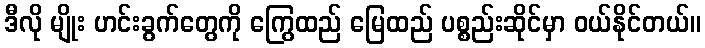
ဒီလို မျိုး ဟင်းခွက်တွေကို ကြွေထည် မြေထည် ပစ္စည်းဆိုင်မှာ ဝယ်နိုင်တယ်။